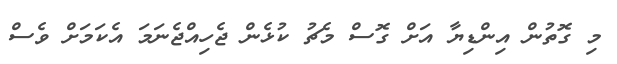
މި ގޮތުން އިންޑިޔާ އަށް ގޮސް މެޗު ކުޅެން ޖެހިއްޖެނަމަ އެކަމަށް ވެސް